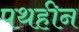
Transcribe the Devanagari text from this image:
पथहीन